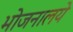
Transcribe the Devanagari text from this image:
भोजनालये